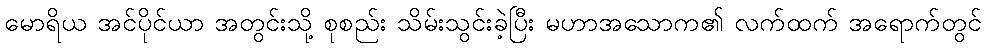
မောရိယ အင်ပိုင်ယာ အတွင်းသို့ စုစည်း သိမ်းသွင်းခဲ့ပြီး မဟာအသောက၏ လက်ထက် အရောက်တွင်